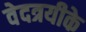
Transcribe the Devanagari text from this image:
वेदत्रयीके